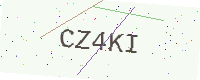
Text: CZ4KI